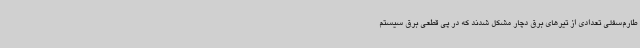
طارم‌سفلی تعدادی از تیرهای برق دچار مشکل شدند که در پی قطعی برق سیستم